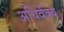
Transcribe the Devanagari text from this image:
अधिर्वक्य